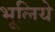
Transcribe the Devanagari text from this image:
भूलिये